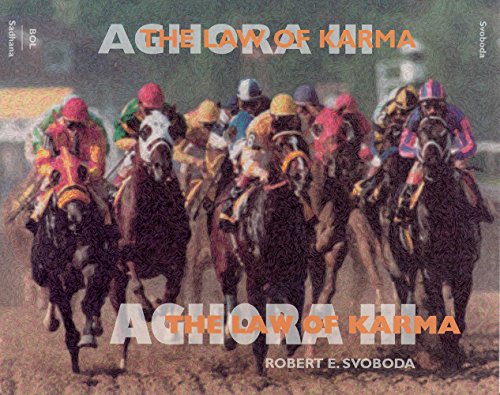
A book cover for Aghora III: The Law of Karma; Dr. Robert Svoboda; Religion & Spirituality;